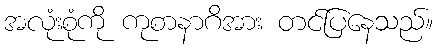
အလုံးစုံကို ကုစာနာဂိအား တင်ပြနေသည်။